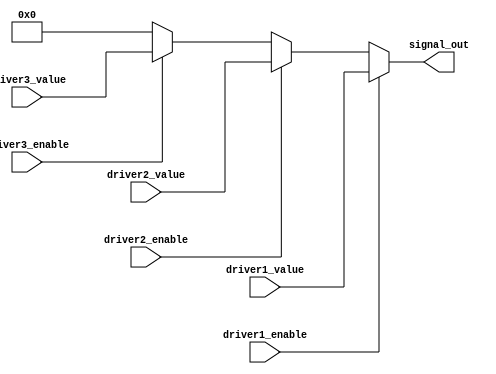
module multiple_drivers (
    input wire driver1_enable,
    input wire driver2_enable,
    input wire driver3_enable,
    input wire [7:0] driver1_value,
    input wire [7:0] driver2_value,
    input wire [7:0] driver3_value,
    output wire [7:0] signal_out
);

    // Signal declaration
    wire [7:0] signal_driver1, signal_driver2, signal_driver3;

    // Driver assignments
    assign signal_driver1 = driver1_enable ? driver1_value : 8'bz; // High impedance if not enabled
    assign signal_driver2 = driver2_enable ? driver2_value : 8'bz;
    assign signal_driver3 = driver3_enable ? driver3_value : 8'bz;

    // Resolution strategy using priority encoding
    assign signal_out = (driver1_enable) ? signal_driver1 :
                        (driver2_enable) ? signal_driver2 :
                        (driver3_enable) ? signal_driver3 : 8'b0; // Default value if no driver is enabled

endmodule